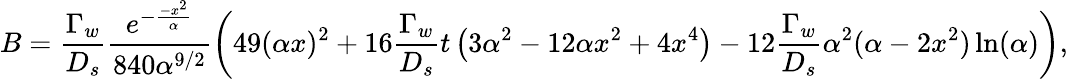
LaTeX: B=\frac{\Gamma_{w}}{D_{s}}\frac{e^{-\frac{-x^{2}}{\alpha}}}{840\alpha^{9/2}}\left(49(\alpha x)^{2}+16\frac{\Gamma_{w}}{D_{s}}t\left(3\alpha^{2}-12\alpha x^{2}+4x^{4}\right)-12\frac{\Gamma_{w}}{D_{s}}\alpha^{2}(\alpha-2x^{2})\ln(\alpha)\right),